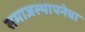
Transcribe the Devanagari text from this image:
समाजस्थापनेचा